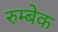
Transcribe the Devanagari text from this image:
रुम्बेक